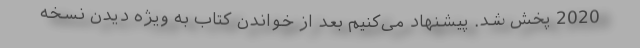
2020 پخش شد. پیشنهاد می‌کنیم بعد از خواندن کتاب به ویژه دیدن نسخه